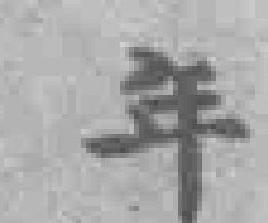
年